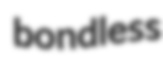
bondless